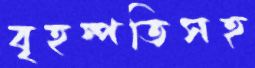
বৃহস্পতিসহ